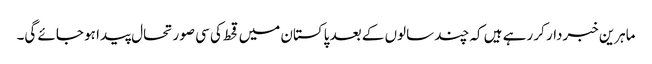
ماہرین خبردار کر رہے ہیں کہ چند سالوں کے بعد پاکستان میں قحط کی سی صورتحال پیدا ہو جائے گی۔